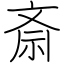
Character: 斎